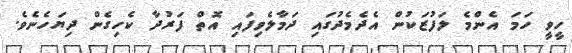
ހީވީ ހަމަ އެންމެ ލަފުޒަކުން އެދެމެދުގައި ދަމާލެވިފައި އޮތް ފަރުދާ ކެހިގެން ދިޔަހެނެވެ.